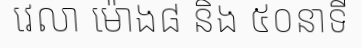
វេលា ម៉ោង៨ និង ៥០នាទី